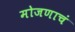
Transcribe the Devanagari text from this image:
मोजणाचं